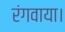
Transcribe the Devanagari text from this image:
रंगवाया।